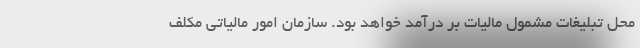
محل تبلیغات مشمول مالیات بر درآمد خواهد بود. سازمان امور مالیاتی مکلف